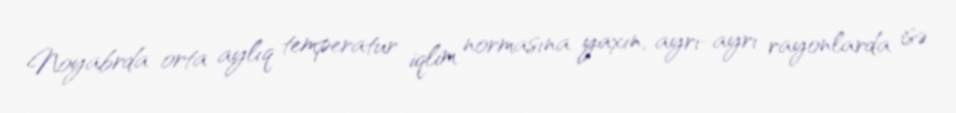
Noyabrda orta aylıq temperatur iqlim normasına yaxın, ayrı-ayrı rayonlarda isə